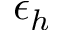
\epsilon _ { h }